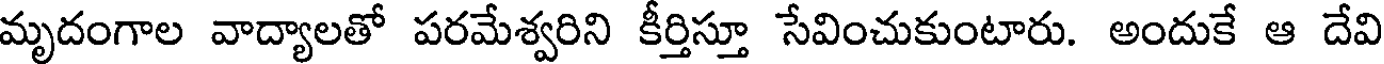
మృదంగాల వాద్యాలతో పరమేశ్వరిని కీర్తిస్తూ సేవించుకుంటారు. అందుకే ఆ దేవి